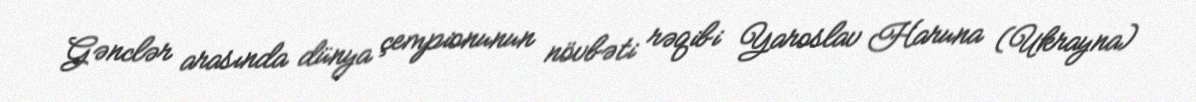
Gənclər arasında dünya çempionunun növbəti rəqibi Yaroslav Haruna (Ukrayna)